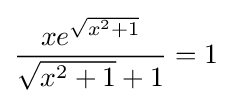
{\frac {xe^{\sqrt {x^{2}+1}}}{{\sqrt {x^{2}+1}}+1}}=1